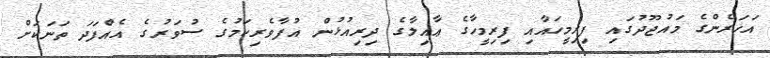
އަހަރެންގެ މައުޖޫދުގައި ފިރިމީހައާއި ފިރިމީހާގެ ޢާއިލާގެ ދިރިއުޅުން އުފާވެރިކަމުގެ ސުވަރުގެ އެއްފަދަ ތަނަކަށް